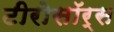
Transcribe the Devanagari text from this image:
टीरोसॉर्स